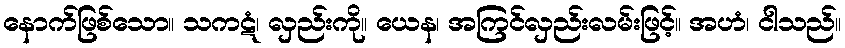
နောက်ဖြစ်သော။ သကဋံ၊ လှည်းကို။ ယေန၊ အကြင်လှည်းလမ်းဖြင့်။ အဟံ၊ ငါသည်။